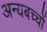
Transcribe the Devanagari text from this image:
अन्यबच्चों